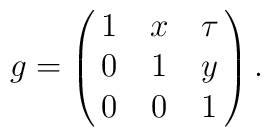
g= \pmatrix{ 1 & x & \tau \cr 0 & 1 & y \cr 0 & 0 & 1 \cr }.